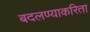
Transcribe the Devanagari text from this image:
बदलण्याकरिता